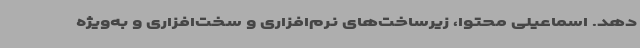
دهد. اسماعیلی محتوا، زیرساخت‌های نرم‌افزاری و سخت‌افزاری و به‌ویژه